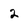
Character: 2